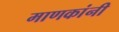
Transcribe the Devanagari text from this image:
माणकांनी